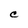
Character: C